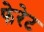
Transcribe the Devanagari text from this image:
फेरेट